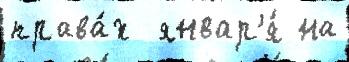
права́х  январ'я́ на